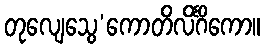
တုလျေသွေ’ကောတိလိင်္ဂိကော။